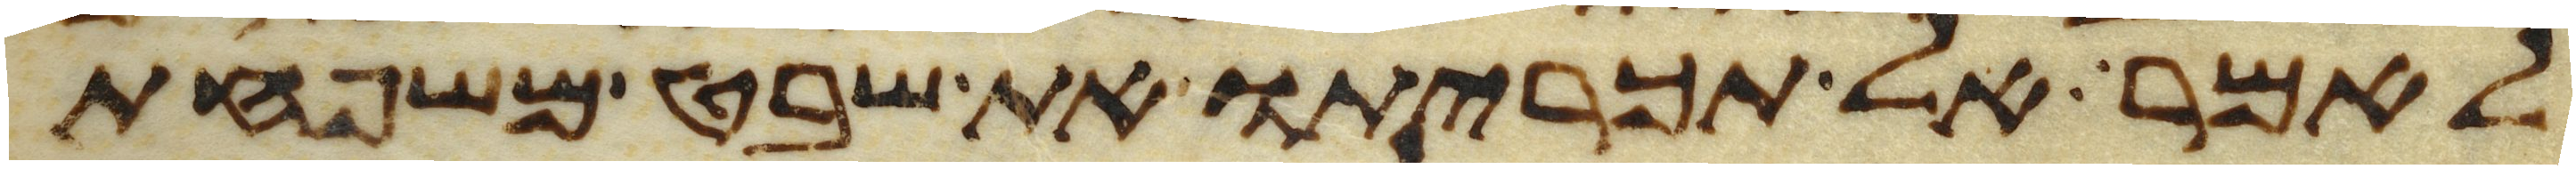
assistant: לאמר אל תכריתו את שבט משפחת